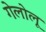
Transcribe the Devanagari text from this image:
गेलोलू